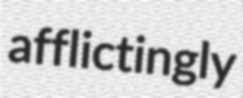
afflictingly